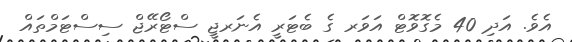
އެވެ. އަދި 40 މެގޮވޮޓް އަވަރ ގެ ބެޓަރީ އެނަރޖީ ސްޓޯރޭޖް ސިސްޓަމްތައް